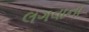
લગવાના